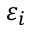
\varepsilon _ { i }